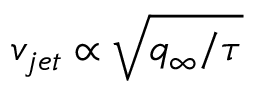
v _ { j e t } \propto \sqrt { q _ { \infty } / \tau }